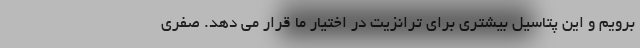
برویم و این پتاسیل بیشتری برای ترانزیت در اختیار ما قرار می دهد. صفری